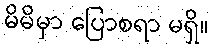
မိမိမှာ ပြောစရာ မရှိ။